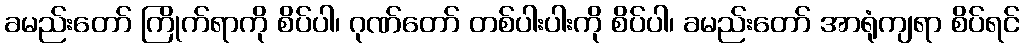
ခမည်းတော် ကြိုက်ရာကို စိပ်ပါ၊ ဂုဏ်တော် တစ်ပါးပါးကို စိပ်ပါ၊ ခမည်းတော် အာရုံကျရာ စိပ်ရင်